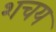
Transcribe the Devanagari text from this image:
शचय